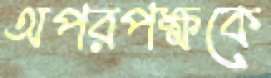
অপরপক্ষকে